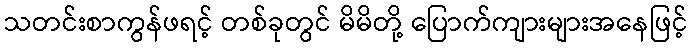
သတင်းစာကွန်ဖရင့် တစ်ခုတွင် မိမိတို့ ပြောက်ကျားများအနေဖြင့်